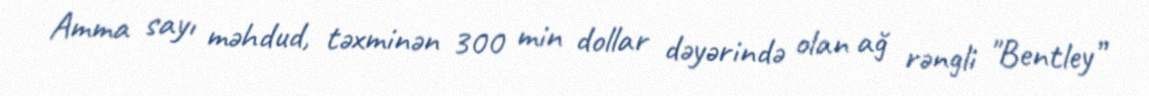
Amma sayı məhdud, təxminən 300 min dollar dəyərində olan ağ rəngli "Bentley”